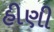
હીણી